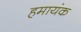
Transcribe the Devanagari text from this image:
हमायंक